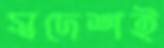
স্বদেশই